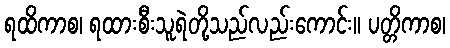
ရထိကာစ၊ ရထားစီးသူရဲတို့သည်လည်းကောင်း။ ပတ္တိကာစ၊